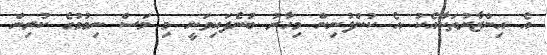
އެ އިންޒާރުތަކާއެކު އެ ކުންފުނިން މިހާރު ބުނެފައިވަނީ މި މަސް ނިމުމުގެ ކުރިން